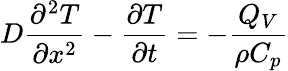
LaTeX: D\frac{\partial^{2}T}{\partial x^{2}}-\frac{\partial T}{\partial t}=-\frac{Q_{V}}{\rho C_{p}}